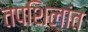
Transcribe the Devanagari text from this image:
तपशिलांत